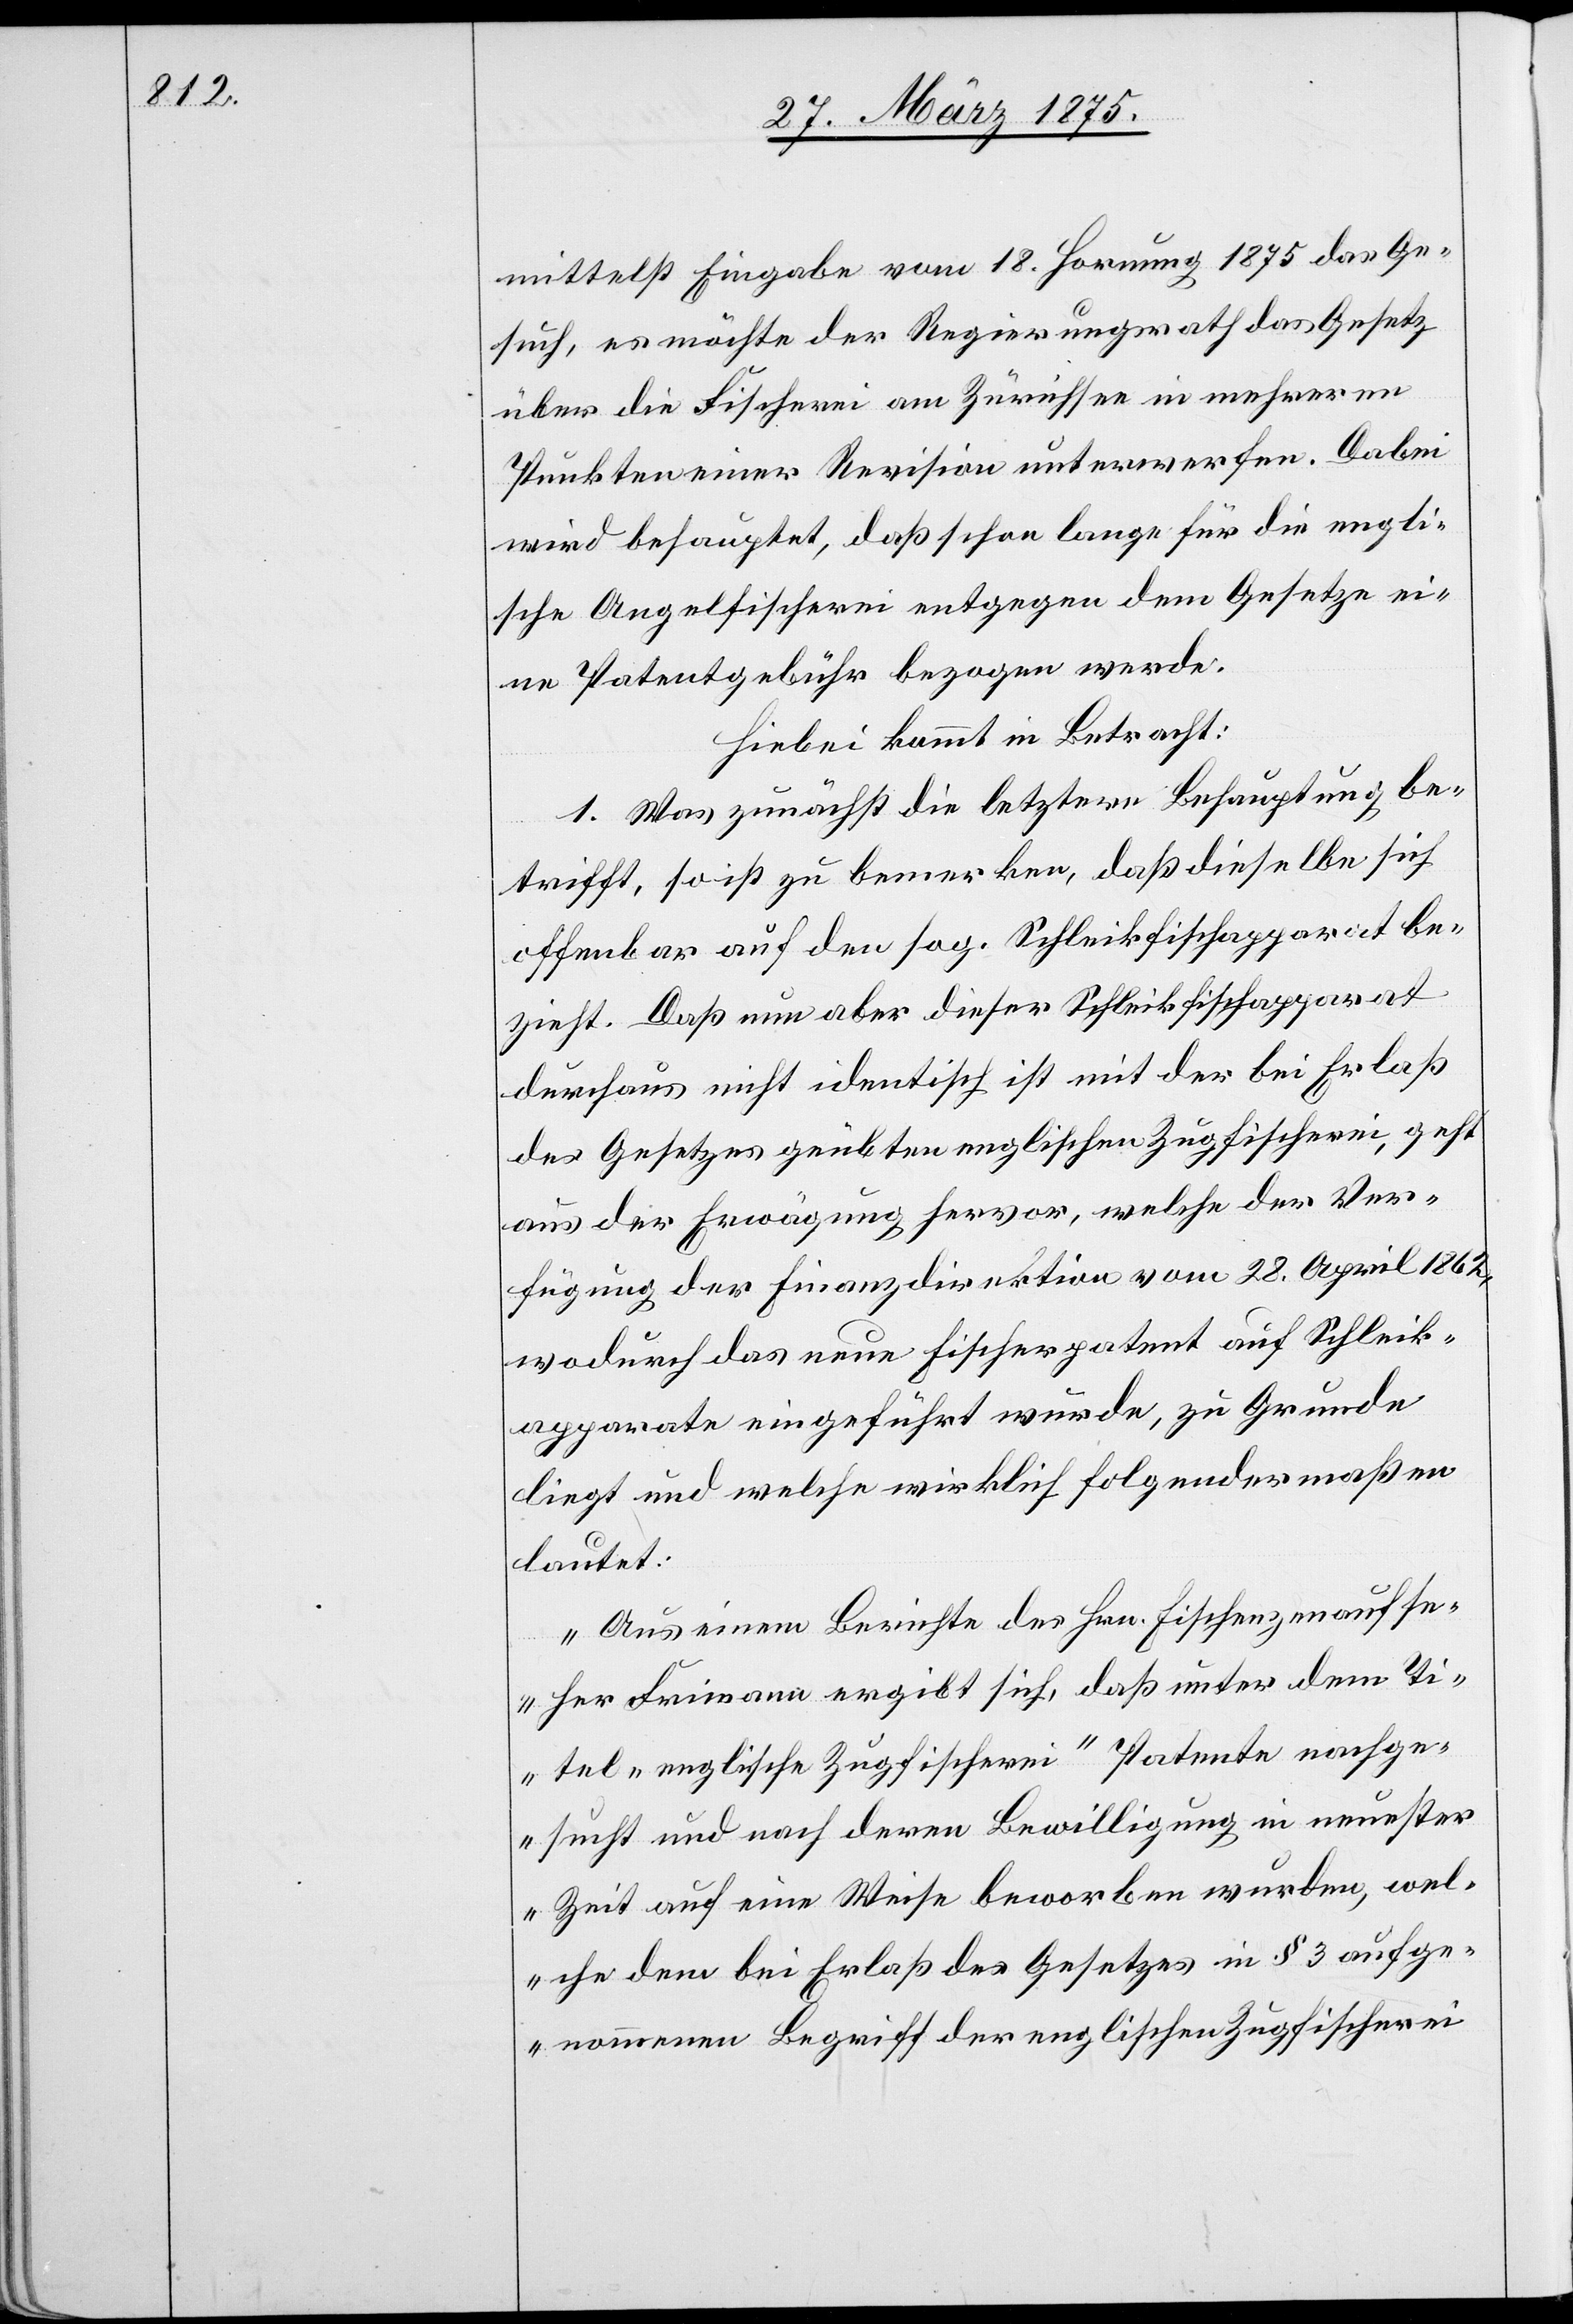
mittelst Eingabe vom 18. Hornung 1875 das Ge¬
such, es möchte der Regierungsrath das Gesetz
über die Fischerei am Zürichsee in mehreren
Punkten einer Revision unterwerfen. Dabei
wird behauptet, daß schon lange für die engli¬
sche Angelfischerei entgegen dem Gesetze ei¬
ne Patentgebühr bezogen werde.
Hiebei kommt in Betracht:
1. Was zunächst die letztere Behauptung be¬
trifft, so ist zu bemerken, daß dieselbe sich
offenbar auf den sog. Schleikfischapparat be¬
zieht. Daß nun aber dieser Schleikfischapparat
durchaus nicht identisch ist mit der bei Erlaß
des Gesetzes geübten englischen Zugfischerei, geht
aus der Erwägung hervor, welche der Ver¬
fügung der Finanzdirektion vom 28. April 1862,
wodurch das neue Fischerpatent auf Schleik¬
apparate eingeführt wurde, zu Grunde
liegt und welche wirklich folgendermaßen
lautet:
„Aus einem Berichte des Hrn. Fischenzenaufse¬
her Frimann ergibt sich, daß unter dem Ti¬
tel „englische Zugfischerei“ Patente nachge¬
sucht und nach deren Bewilligung in neuster
Zeit auf eine Weise beworben wurde, wel¬
che dem bei Erlaß des Gesetzes in § 3 aufge¬
nommenen Begriff der englischen Zugfischerei